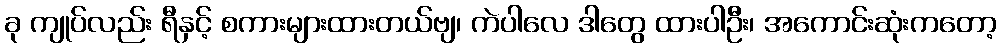
ခု ကျုပ်လည်း ရီနှင့် စကားများထားတယ်ဗျ၊ ကဲပါလေ ဒါတွေ ထားပါဦး၊ အကောင်းဆုံးကတော့